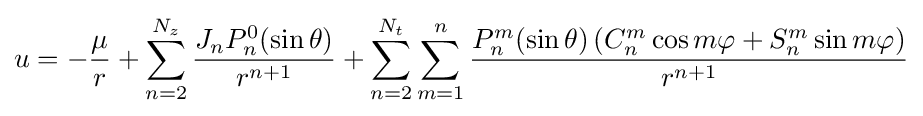
u=-{\frac {\mu }{r}}+\sum _{n=2}^{N_{z}}{\frac {J_{n}P_{n}^{0}(\sin \theta )}{r^{n+1}}}+\sum _{n=2}^{N_{t}}\sum _{m=1}^{n}{\frac {P_{n}^{m}(\sin \theta )\left(C_{n}^{m}\cos m\varphi +S_{n}^{m}\sin m\varphi \right)}{r^{n+1}}}